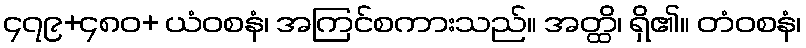
၄၇၉+၄၈၀+ ယံဝစနံ၊ အကြင်စကားသည်။ အတ္ထိ၊ ရှိ၏။ တံဝစနံ၊